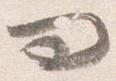
問